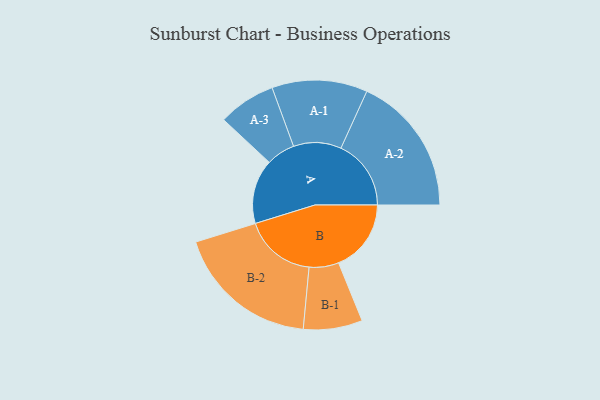
{"axis": {"x": "Segment", "y": "Value"}, "legend": ["", "A", "B"], "data": [{"x": "A", "y": 262, "type": ""}, {"x": "B", "y": 295, "type": ""}, {"x": "A-1", "y": 194, "type": "A"}, {"x": "A-2", "y": 285, "type": "A"}, {"x": "A-3", "y": 117, "type": "A"}, {"x": "B-1", "y": 120, "type": "B"}, {"x": "B-2", "y": 293, "type": "B"}]}